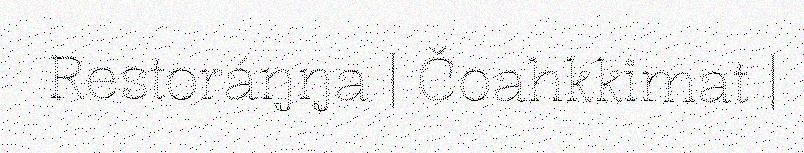
Restoráŋŋa | Čoahkkimat |